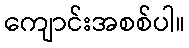
ကျောင်းအစစ်ပါ။